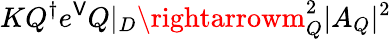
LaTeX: KQ^{\dagger}e^{\mathsf{V}}Q|_{D}\rightarrowm_{Q}^{2}|A_{Q}|^{2}